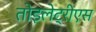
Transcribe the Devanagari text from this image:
तोइलेट्रीएस